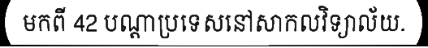
មកពី 42 បណ្តាប្រទេសនៅសាកលវិទ្យាល័យ.